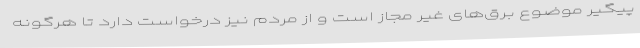
پیگیر موضوع برق‌های غیر مجاز است و از مردم نیز درخواست دارد تا هرگونه